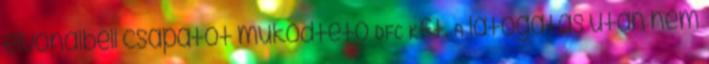
élvonalbeli csapatot működtető DFC Kft. A látogatás után nem